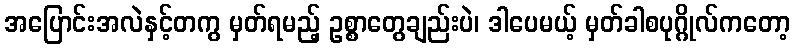
အပြောင်းအလဲနှင့်တကွ မှတ်ရမည့် ဥစ္စာတွေချည်းပဲ၊ ဒါပေမယ့် မှတ်ခါစပုဂ္ဂိုလ်ကတော့